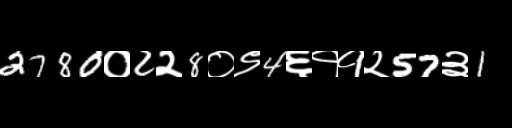
Text: 2780०2२8०९4६११२57३1